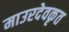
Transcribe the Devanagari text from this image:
माउरदेवकृत